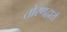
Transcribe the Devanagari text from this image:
तोरणद्वारों